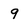
Character: 9